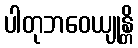
ပါတုဘဝေယျုန္တိ